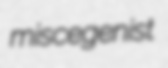
miscegenist